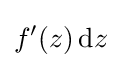
f'(z)\,\mathrm {d} z